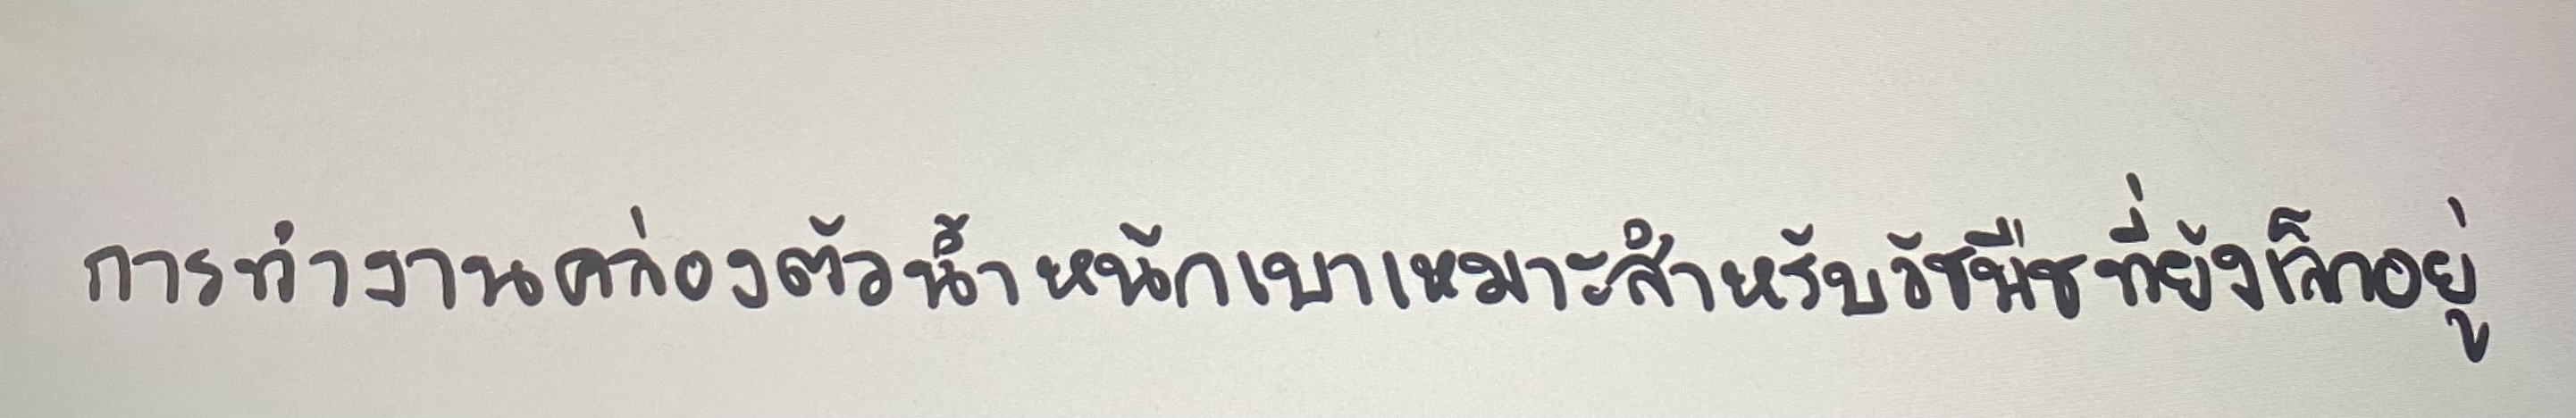
การทำงานคล่องตัวน้ำหนักเบาเหมาะสำหรับวัชพืชที่ยังเล็กอยู่